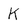
Character: K